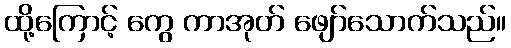
ထို့ကြောင့် ကွေ ကာအုတ် ဖျော်သောက်သည်။